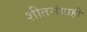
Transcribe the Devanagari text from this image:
शीतसंग्राही